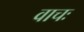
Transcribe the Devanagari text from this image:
वाचः